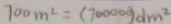
7 0 0 m ^ { 2 } = ( 7 0 0 0 0 0 ) d m ^ { 2 }